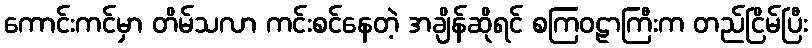
ကောင်းကင်မှာ တိမ်သလာ ကင်းစင်နေတဲ့ အချိန်ဆိုရင် စကြဝဠာကြီးက တည်ငြိမ်ပြီး